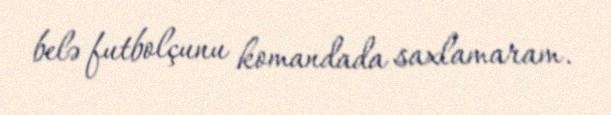
belə futbolçunu komandada saxlamaram.